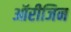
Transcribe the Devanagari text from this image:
ऑरीजिन